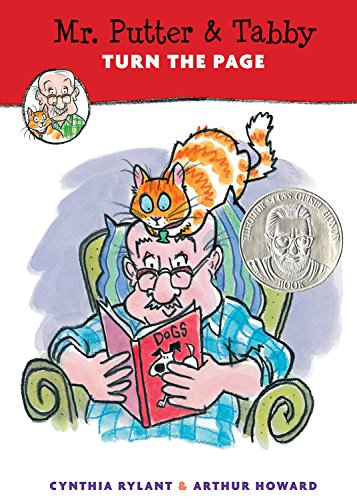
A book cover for Mr. Putter & Tabby Turn the Page; Cynthia Rylant; Children's Books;